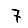
Digit: 7